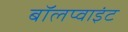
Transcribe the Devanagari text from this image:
बॉलप्वाइंट